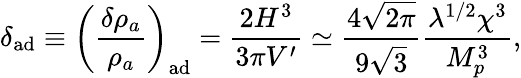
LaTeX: \delta_{\mathrm{ad}}\equiv\left(\frac{\delta\rho_{a}}{\rho_{a}}\right)_{\mathrm{ad}}=\frac{2H^{3}}{3\pi V^{\prime}}\simeq\frac{4\sqrt{2\pi}}{9\sqrt{3}}\frac{\lambda^{1/2}\chi^{3}}{M_{p}^{3}},